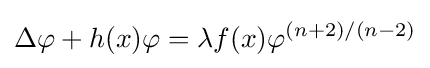
\displaystyle \Delta \varphi +h(x)\varphi =\lambda f(x)\varphi ^{(n+2)/(n-2)}